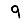
Digit: 9